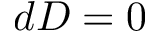
d D = 0